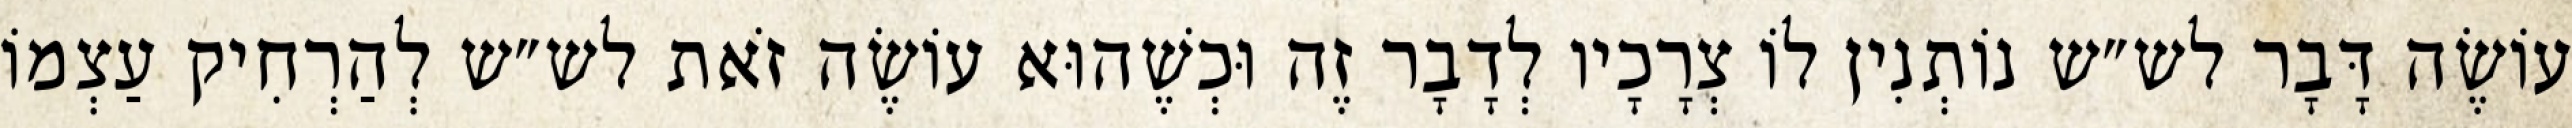
עוֹשֶׂה דָּבָר לש״ש נוֹתְנִין לוֹ צְרָכָיו לְדָבָר זֶה וּכְשֶׁהוּא עוֹשֶׂה זֹאת לש״ש לְהַרְחִיק עַצְמוֹ